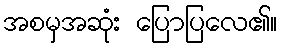
အစမှအဆုံး ပြောပြလေ၏။